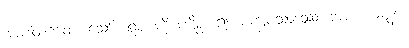
အာပါထဂတေ၊ သော်။ ရူပံ ကို ပဋိစ္စ၊ ၍။ စက္ခုပသာဒဿ၊ အား။ ဃဋ္ဋနာ၊